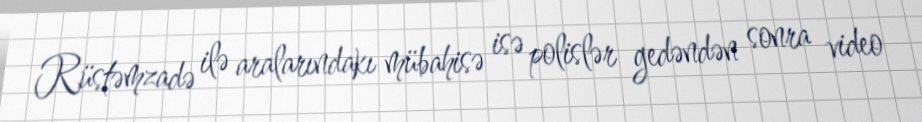
Rüstəmzadə ilə aralarındakı mübahisə isə polislər gedəndən sonra video